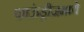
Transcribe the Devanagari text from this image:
फाऊंड्रीजमध्ये